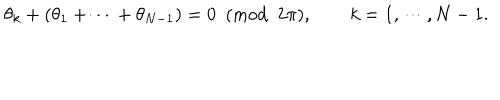
LaTeX: \theta _ { k } + ( \theta _ { 1 } + \cdots + \theta _ { N - 1 } ) = 0 ~ ~ ( \mathrm { m o d } ~ ~ 2 \pi ) , \qquad k = 1 , \cdots , N - 1 .